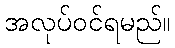
အလုပ်ဝင်ရမည်။